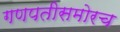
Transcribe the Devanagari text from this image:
गणपतीसमोरच